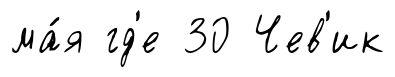
ма́я гд'е 30 Чев'ик